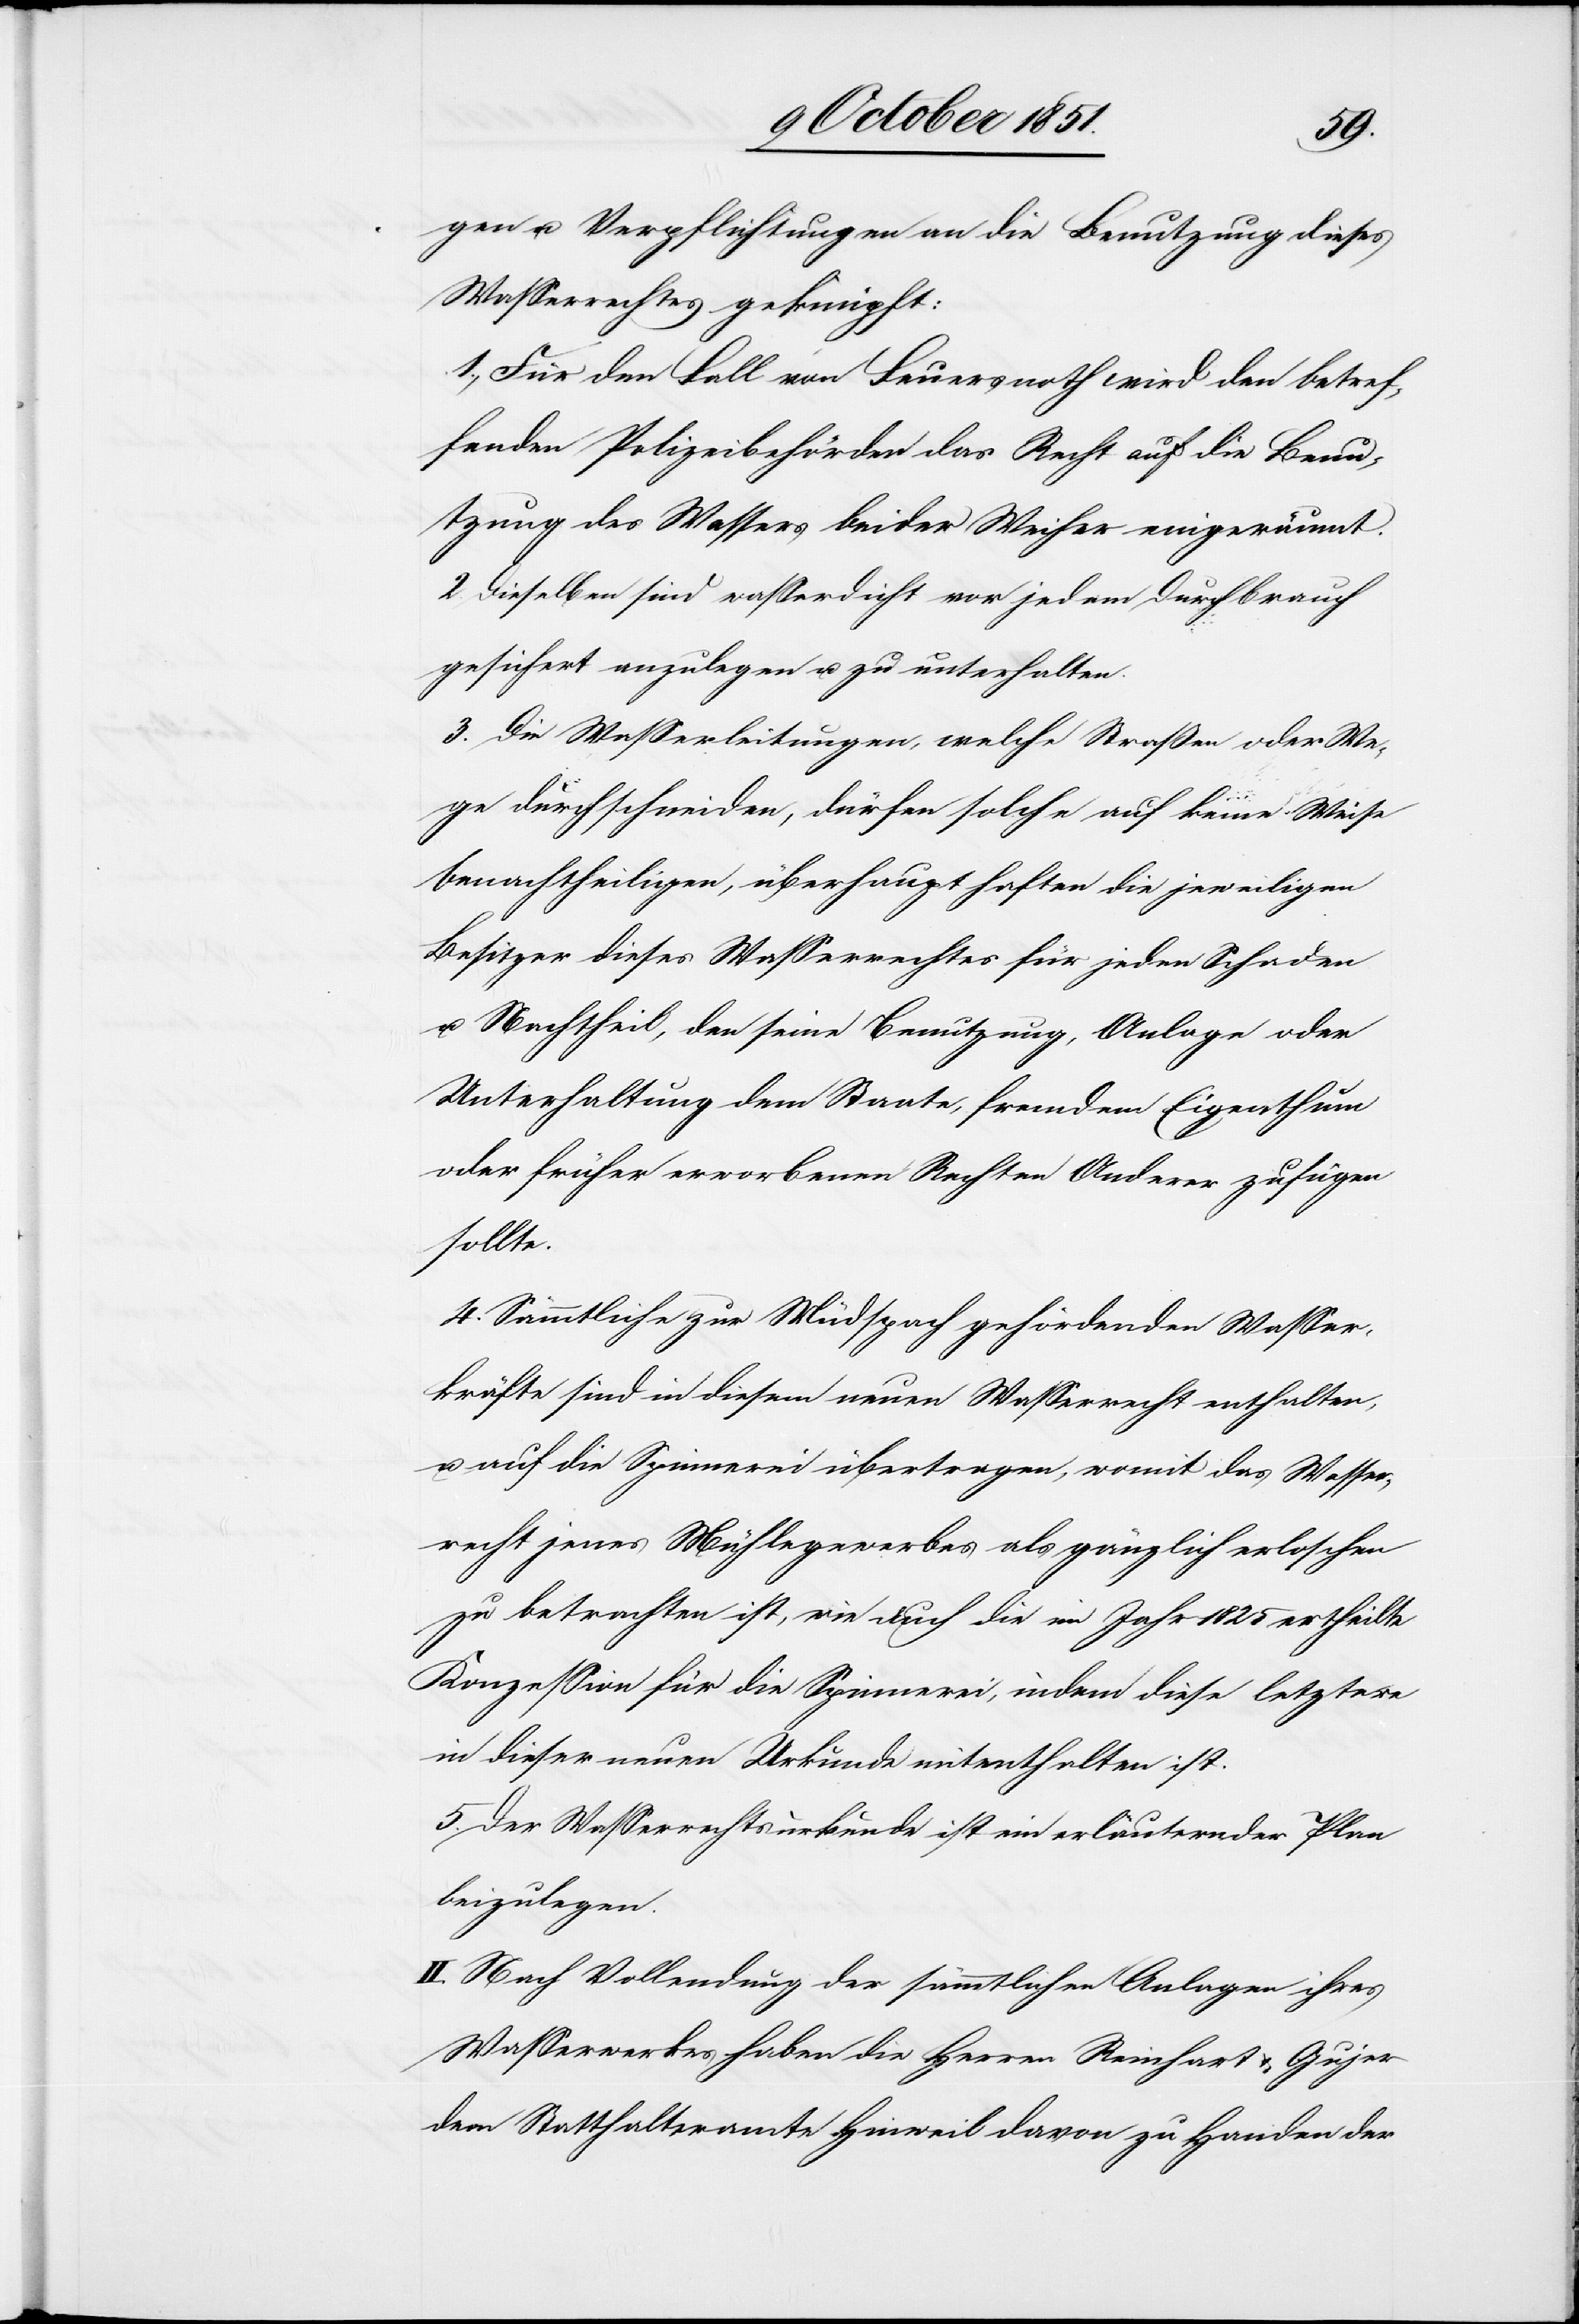
gen u. Verpflichtungen an die Benutzung dieses
Wasserrechtes geknüpft:
1., Für den Fall von Feuersnoth wird den betref¬
fenden Polizeibehörden das Recht auf die Benu¬
tzung des Wassers beider Weiher eingeräumt.
2. Dieselben sind wasserdicht vor jedem Durchbrauch
gesichert anzulegen u. zu unterhalten.
3. Die Wasserleitungen, welche Straßen oder We¬
ge durchschneiden, dürfen solche auf keine Weise
benachtheiligen, überhaupt haften die jeweiligen
Besitzer dieses Wasserrechtes für jeden Schaden
u. Nachtheil, den seine Benutzung, Anlage oder
Unterhaltung dem Staate, fremdem Eigenthum
oder früher erworbenen Rechten Anderer zufügen
sollte.
4. Sämmtliche zur Müdspach gehördenden [sic!] Wasser¬
kräfte sind in diesem neuen Wasserrecht enthalten,
u. auf die Spinnerei übertragen, womit das Wasser¬
recht jenes Mühlegewerbes als gänzlich erloschen
zu betrachten ist, wie auch die im Jahr 1825 ertheilte
Konzession für die Spinnerei, indem diese letztere
in dieser neuen Urkunde mitenthalten ist.
5. Der Wasserrechtsurkunde ist ein erläuternder Plan
beizulegen.
II. Nach Vollendung der sämmtlichen Anlagen ihres
Wasserwerkes haben die Herren Reinhart [sic!]
dem Statthalteramte Hinweil davon zu Handen der